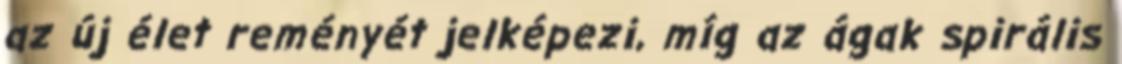
az új élet reményét jelképezi, míg az ágak spirális